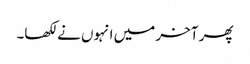
پھر آخر میں انہوں نے لکھا۔